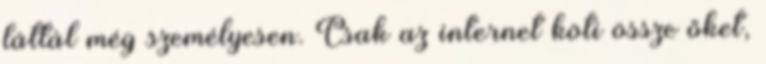
láttál még személyesen. Csak az internet köti össze őket,